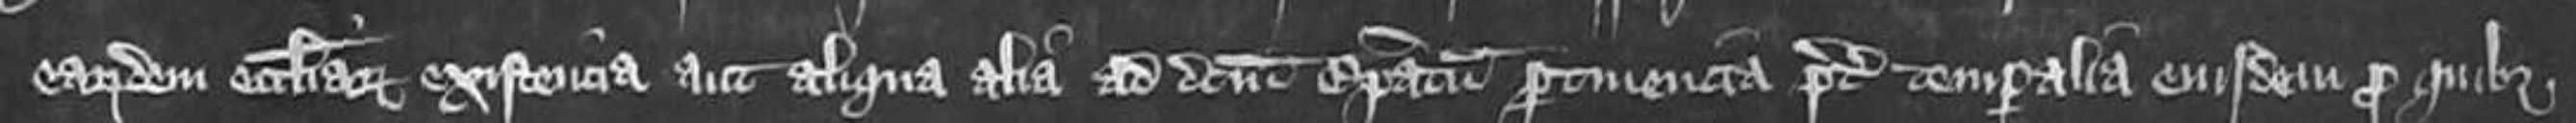
earundem ecclesiarum existencia aut aliqua alia ad dictum Episcopatum pertinencia preter temporalia eiusdem pro quibus